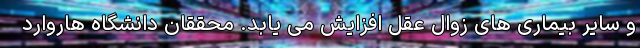
و سایر بیماری های زوال عقل افزایش می یابد. محققان دانشگاه هاروارد